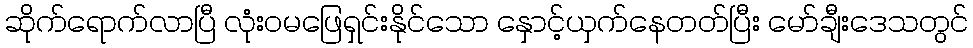
ဆိုက်ရောက်လာပြီ လုံးဝမဖြေရှင်းနိုင်သော နှောင့်ယှက်နေတတ်ပြီး မော်ချီးဒေသတွင်